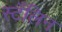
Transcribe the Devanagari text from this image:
स्टँलिन